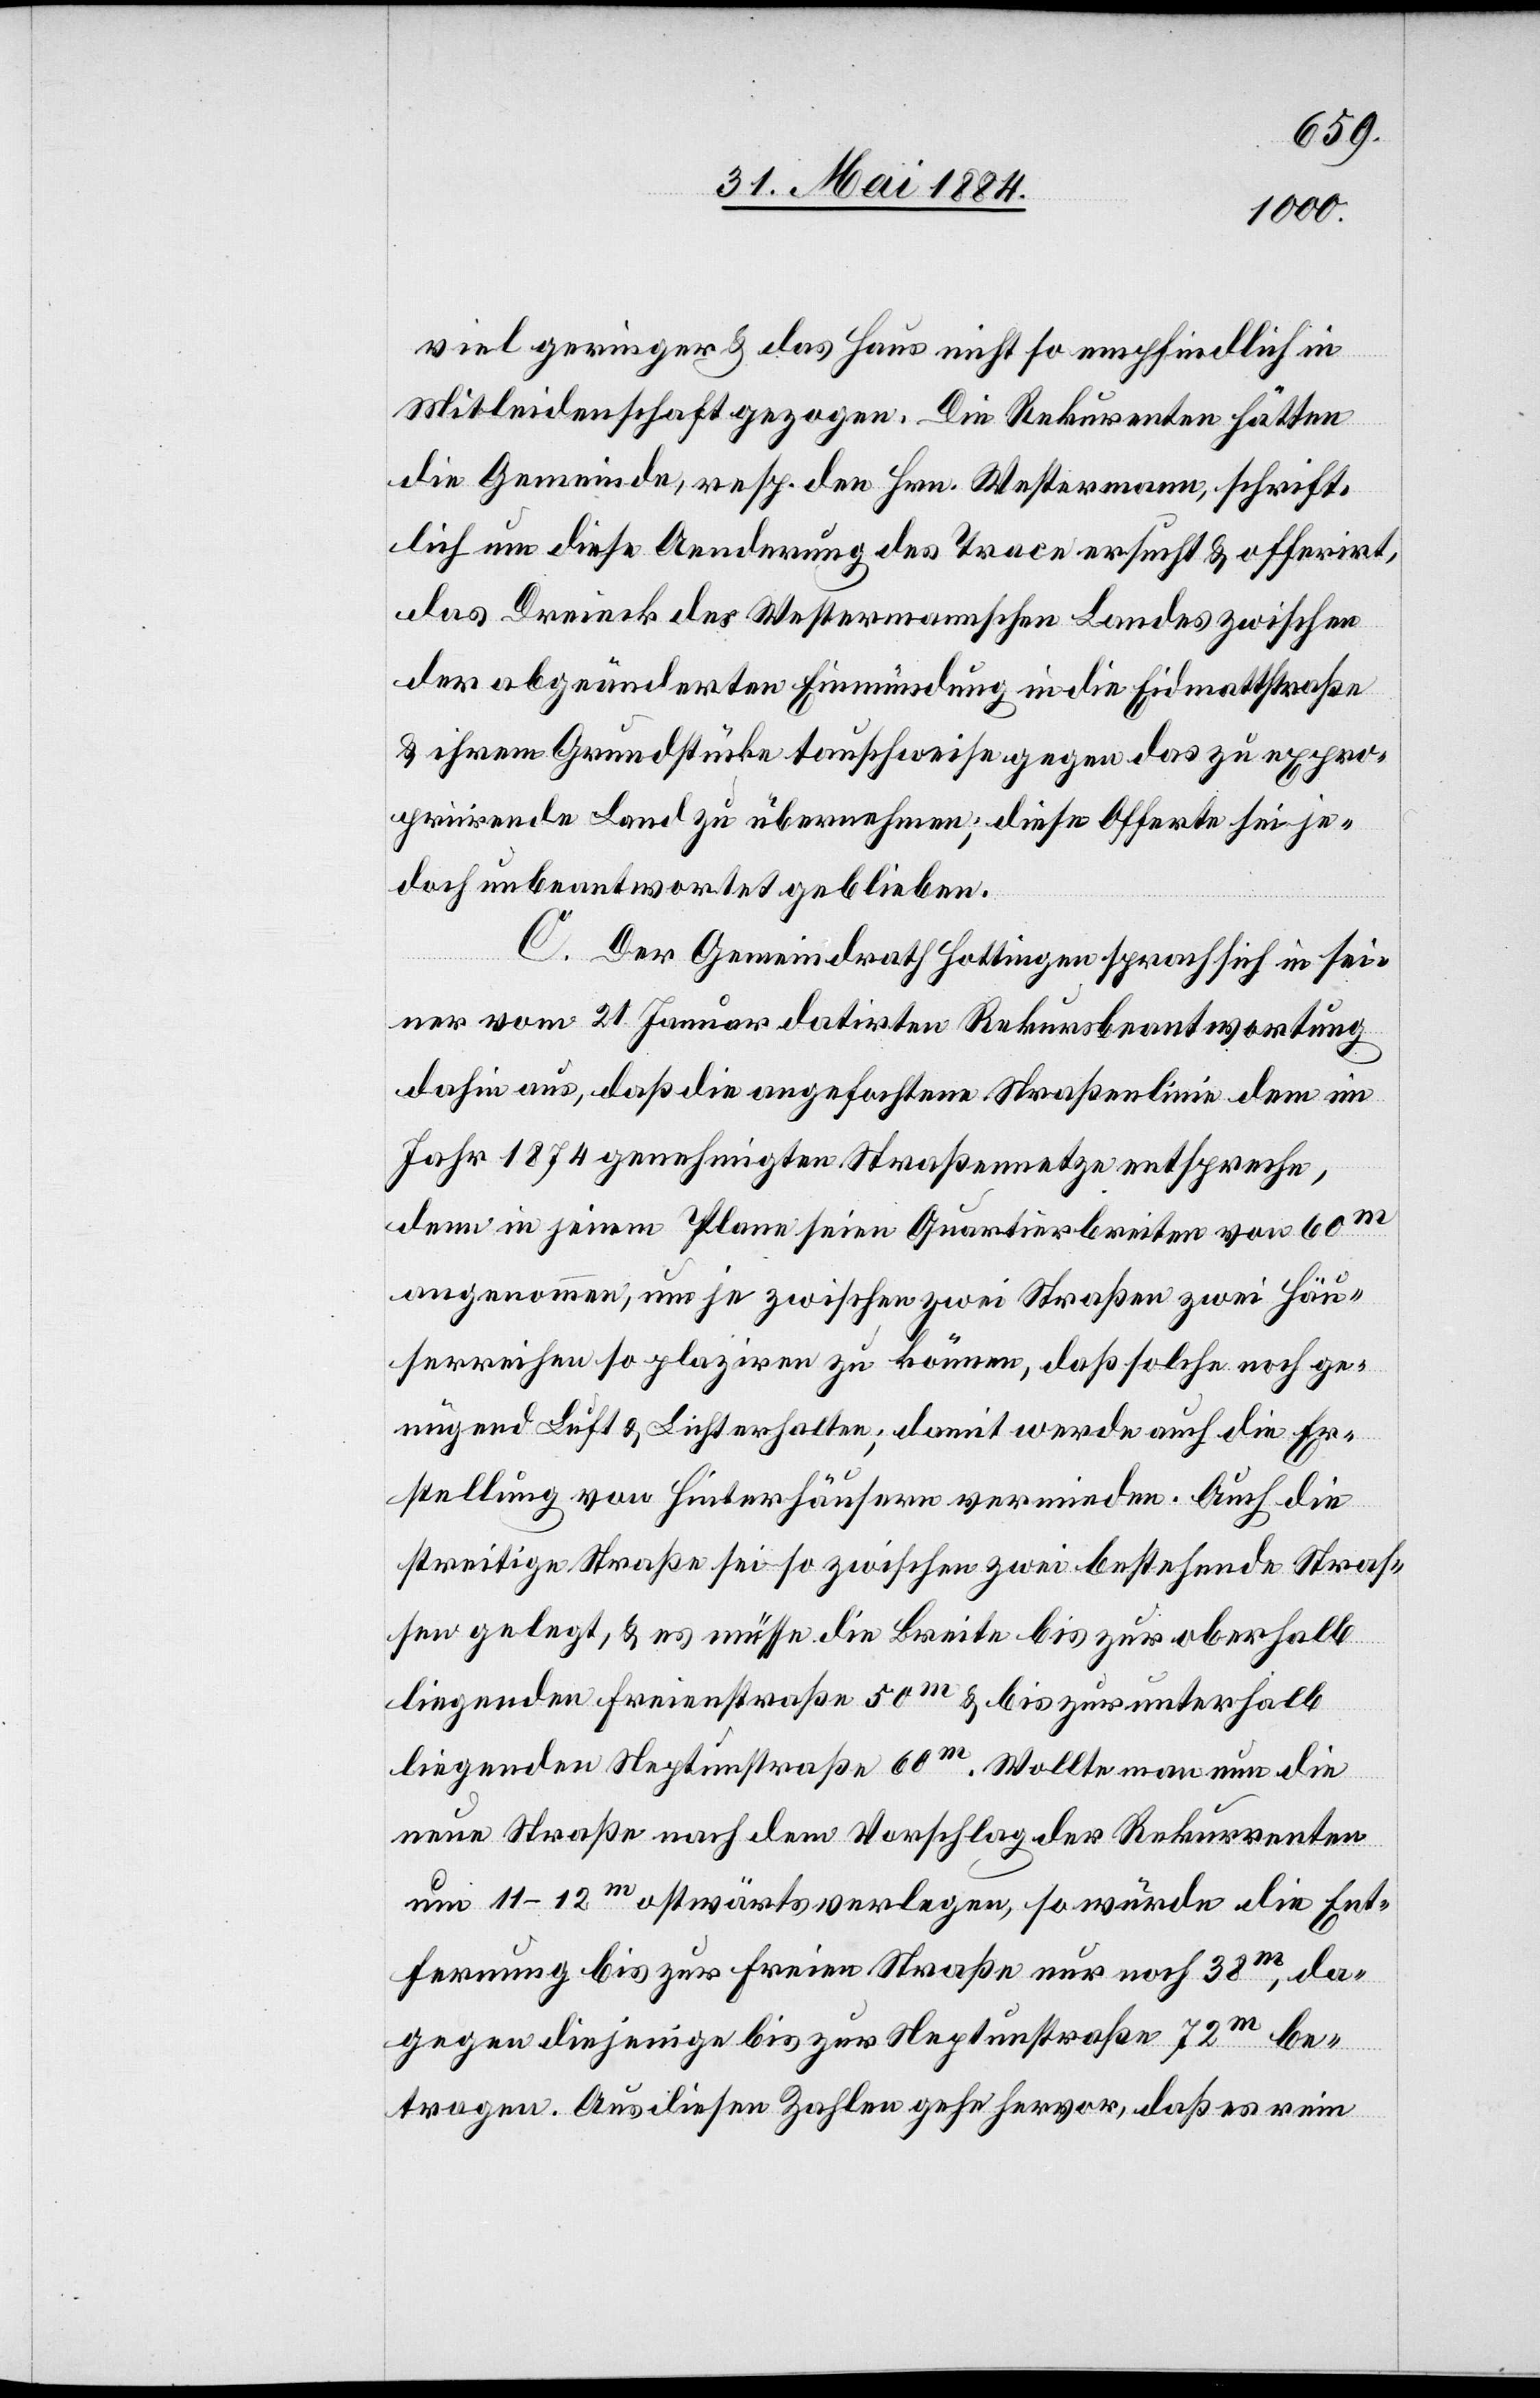
viel geringer & das Haus nicht so empfindlich in
Mitleidenschaft gezogen. Die Rekur[r]enten hätten
die Gemeinde, resp. den Hrn. Westermann, schrift¬
lich um diese Aenderung des Trace ersucht & offerirt,
das Dreieck des Westermannschen Landes zwischen
der abgeänderten Einmündung in die Eidmattstraße
& ihrem Grundstücke tauschweise gegen das zu expro¬
priirende Land zu übernehmen; diese Offerte sei je¬
doch unbeantwortet geblieben.
C. Der Gemeindrath Hottingen sprach sich in sei¬
ner vom 21. Januar datirten Rekursbeantwortung
dahin aus, daß die angefochtene Straßenlinie dem im
Jahr 1874 genehmigten Straßennetze entspreche,
denn in jenem Plane seien Quartierbreiten von 60m
angenommen, um je zwischen zwei Straßen zwei Häu¬
serreihen so plaziren zu können, daß solche noch ge¬
nügend Luft & Licht erhalten; damit werde auch die Er¬
stellung von Hinterhäusern vermieden. Auch die
streitige Straße sei so zwischen zwei bestehende Straß¬
en gelegt, & es müsse die Breite bis zur oberhalb
liegenden Freienstraße 50m & bis zur unterhalb
liegenden Neptunstraße 60m [sic!] . Wollte man nun die
neue Straße nach dem Vorschlag der Rekurrenten
um 11–12m ostwärts verlegen, so würde die Ent¬
fernung bis zur Freien Straße [sic!] nur noch 38m, da¬
gegen diejenige bis zur Neptunstraße 72m be¬
tragen. Aus diesen Zahlen gehe hervor, daß es rein